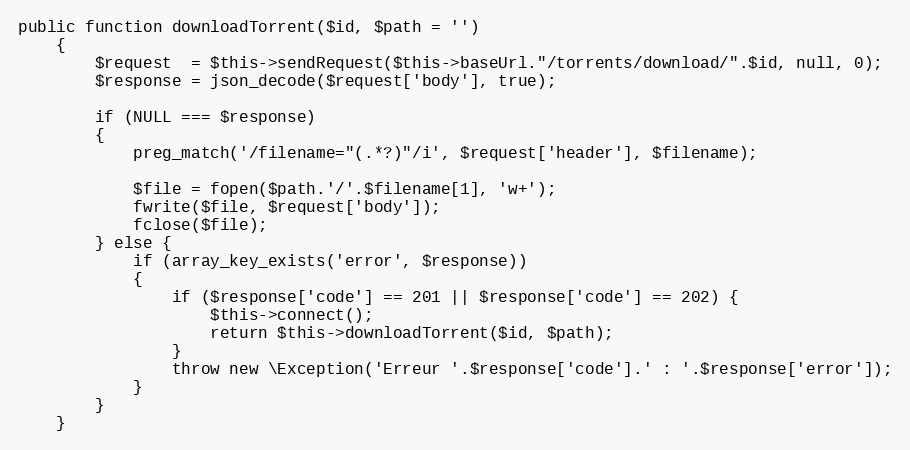
Language: PHP
public function downloadTorrent($id, $path = '')
	{
		$request  = $this->sendRequest($this->baseUrl."/torrents/download/".$id, null, 0);
		$response = json_decode($request['body'], true);

		if (NULL === $response)
		{
			preg_match('/filename="(.*?)"/i', $request['header'], $filename);

			$file = fopen($path.'/'.$filename[1], 'w+');
			fwrite($file, $request['body']);
			fclose($file);
		} else {
			if (array_key_exists('error', $response))
			{
				if ($response['code'] == 201 || $response['code'] == 202) {
					$this->connect();
					return $this->downloadTorrent($id, $path);
				}
				throw new \Exception('Erreur '.$response['code'].' : '.$response['error']);
			}
		}
	}